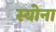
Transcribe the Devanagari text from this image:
स्योना